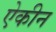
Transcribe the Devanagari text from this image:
ऐकीन